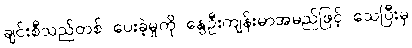
ချင်းစီသည်တစ် ပေးခဲ့မှုကို နွေဦးကျန်းမာအမည်ဖြင့် သေပြီးမှ